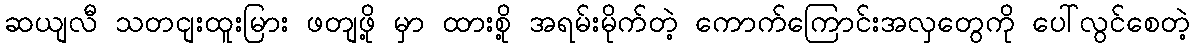
ဆယျလီ သတငျးထူးမြား ဖတျဖို့ မှာ ထားစို့ အရမ်းမိုက်တဲ့ ကောက်ကြောင်းအလှတွေကို ပေါ်လွင်စေတဲ့